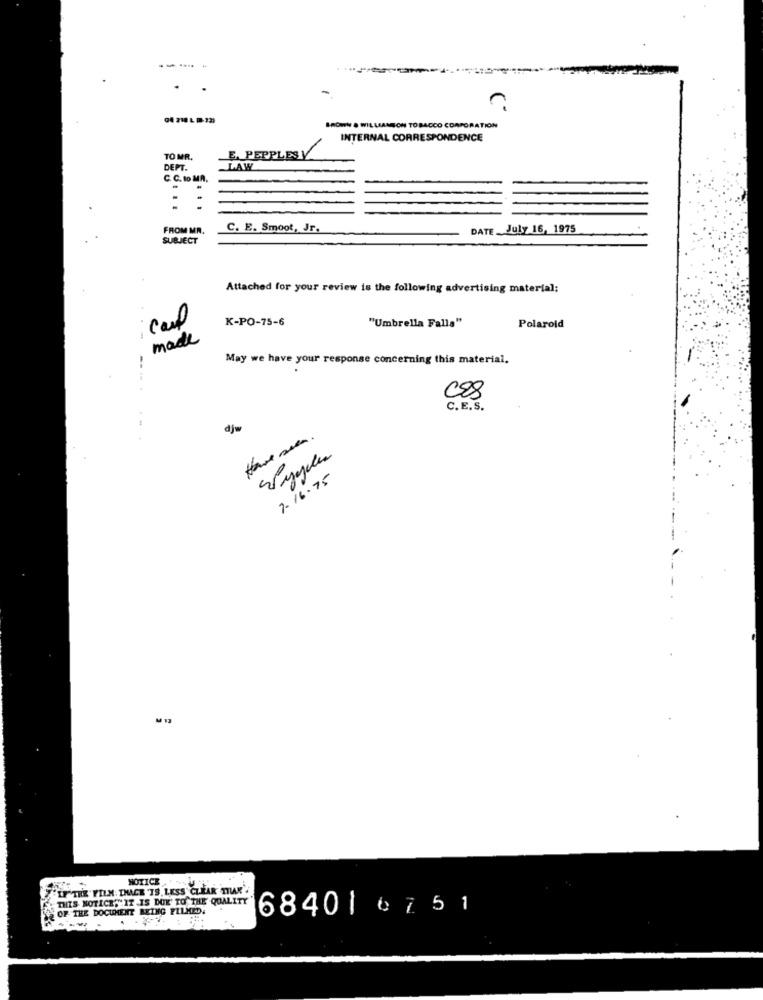
--- -
. .
BROWN & WILLIAMSON TOBACCO CORPORATION
INTERNAL CORRESPONDENCE
TO MR.
E. PEPPLESV
DEPT.
LAW
C. C. to MA.
FROM MR.
C. E. Smoot, Jr.
DATE July 16, 1975
SUBJECT
Attached for your review is the following advertising material:
carl
K-PO-75-6
"Umbrella Falla"
Polaroid
made
-
May we have your response concerning this material.
CES
C. E.S.
diw
7-16.75
NOTICE
"IF THE FILM: [HACE TS, LESS' CLEAR THAR'
. THIS NOTICE"" IT IS DUE TO THE QUALITY
12 OF THE DOCUMENT BEING FILMED.
68401 6751